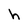
Character: h